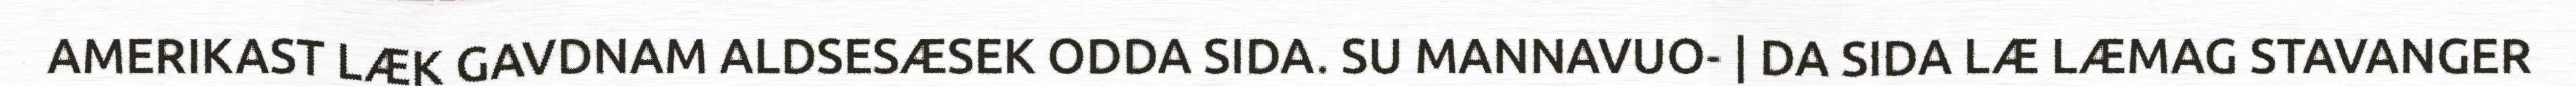
AMERIKAST LÆK GAVDNAM ALDSESÆSEK ODDA SIDA. SU MANNAVUO- | DA SIDA LÆ LÆMAG STAVANGER